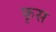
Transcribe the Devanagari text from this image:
कृस